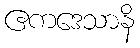
ဧကဒေသာနိ